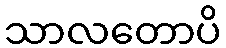
သာလတောပိ